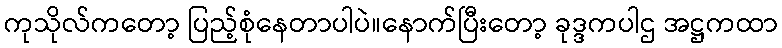
ကုသိုလ်ကတော့ ပြည့်စုံနေတာပါပဲ။နောက်ပြီးတော့ ခုဒ္ဒကပါဌ အဋ္ဌကထာ